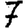
Digit: 7